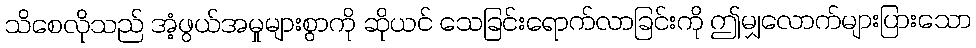
သိစေလိုသည် အံ့ဖွယ်အမှုများစွာကို ဆိုယင် သေခြင်းရောက်လာခြင်းကို ဤမျှလောက်များပြားသော